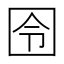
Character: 囹